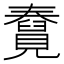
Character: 𧢆